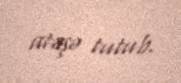
atəşə tutub.